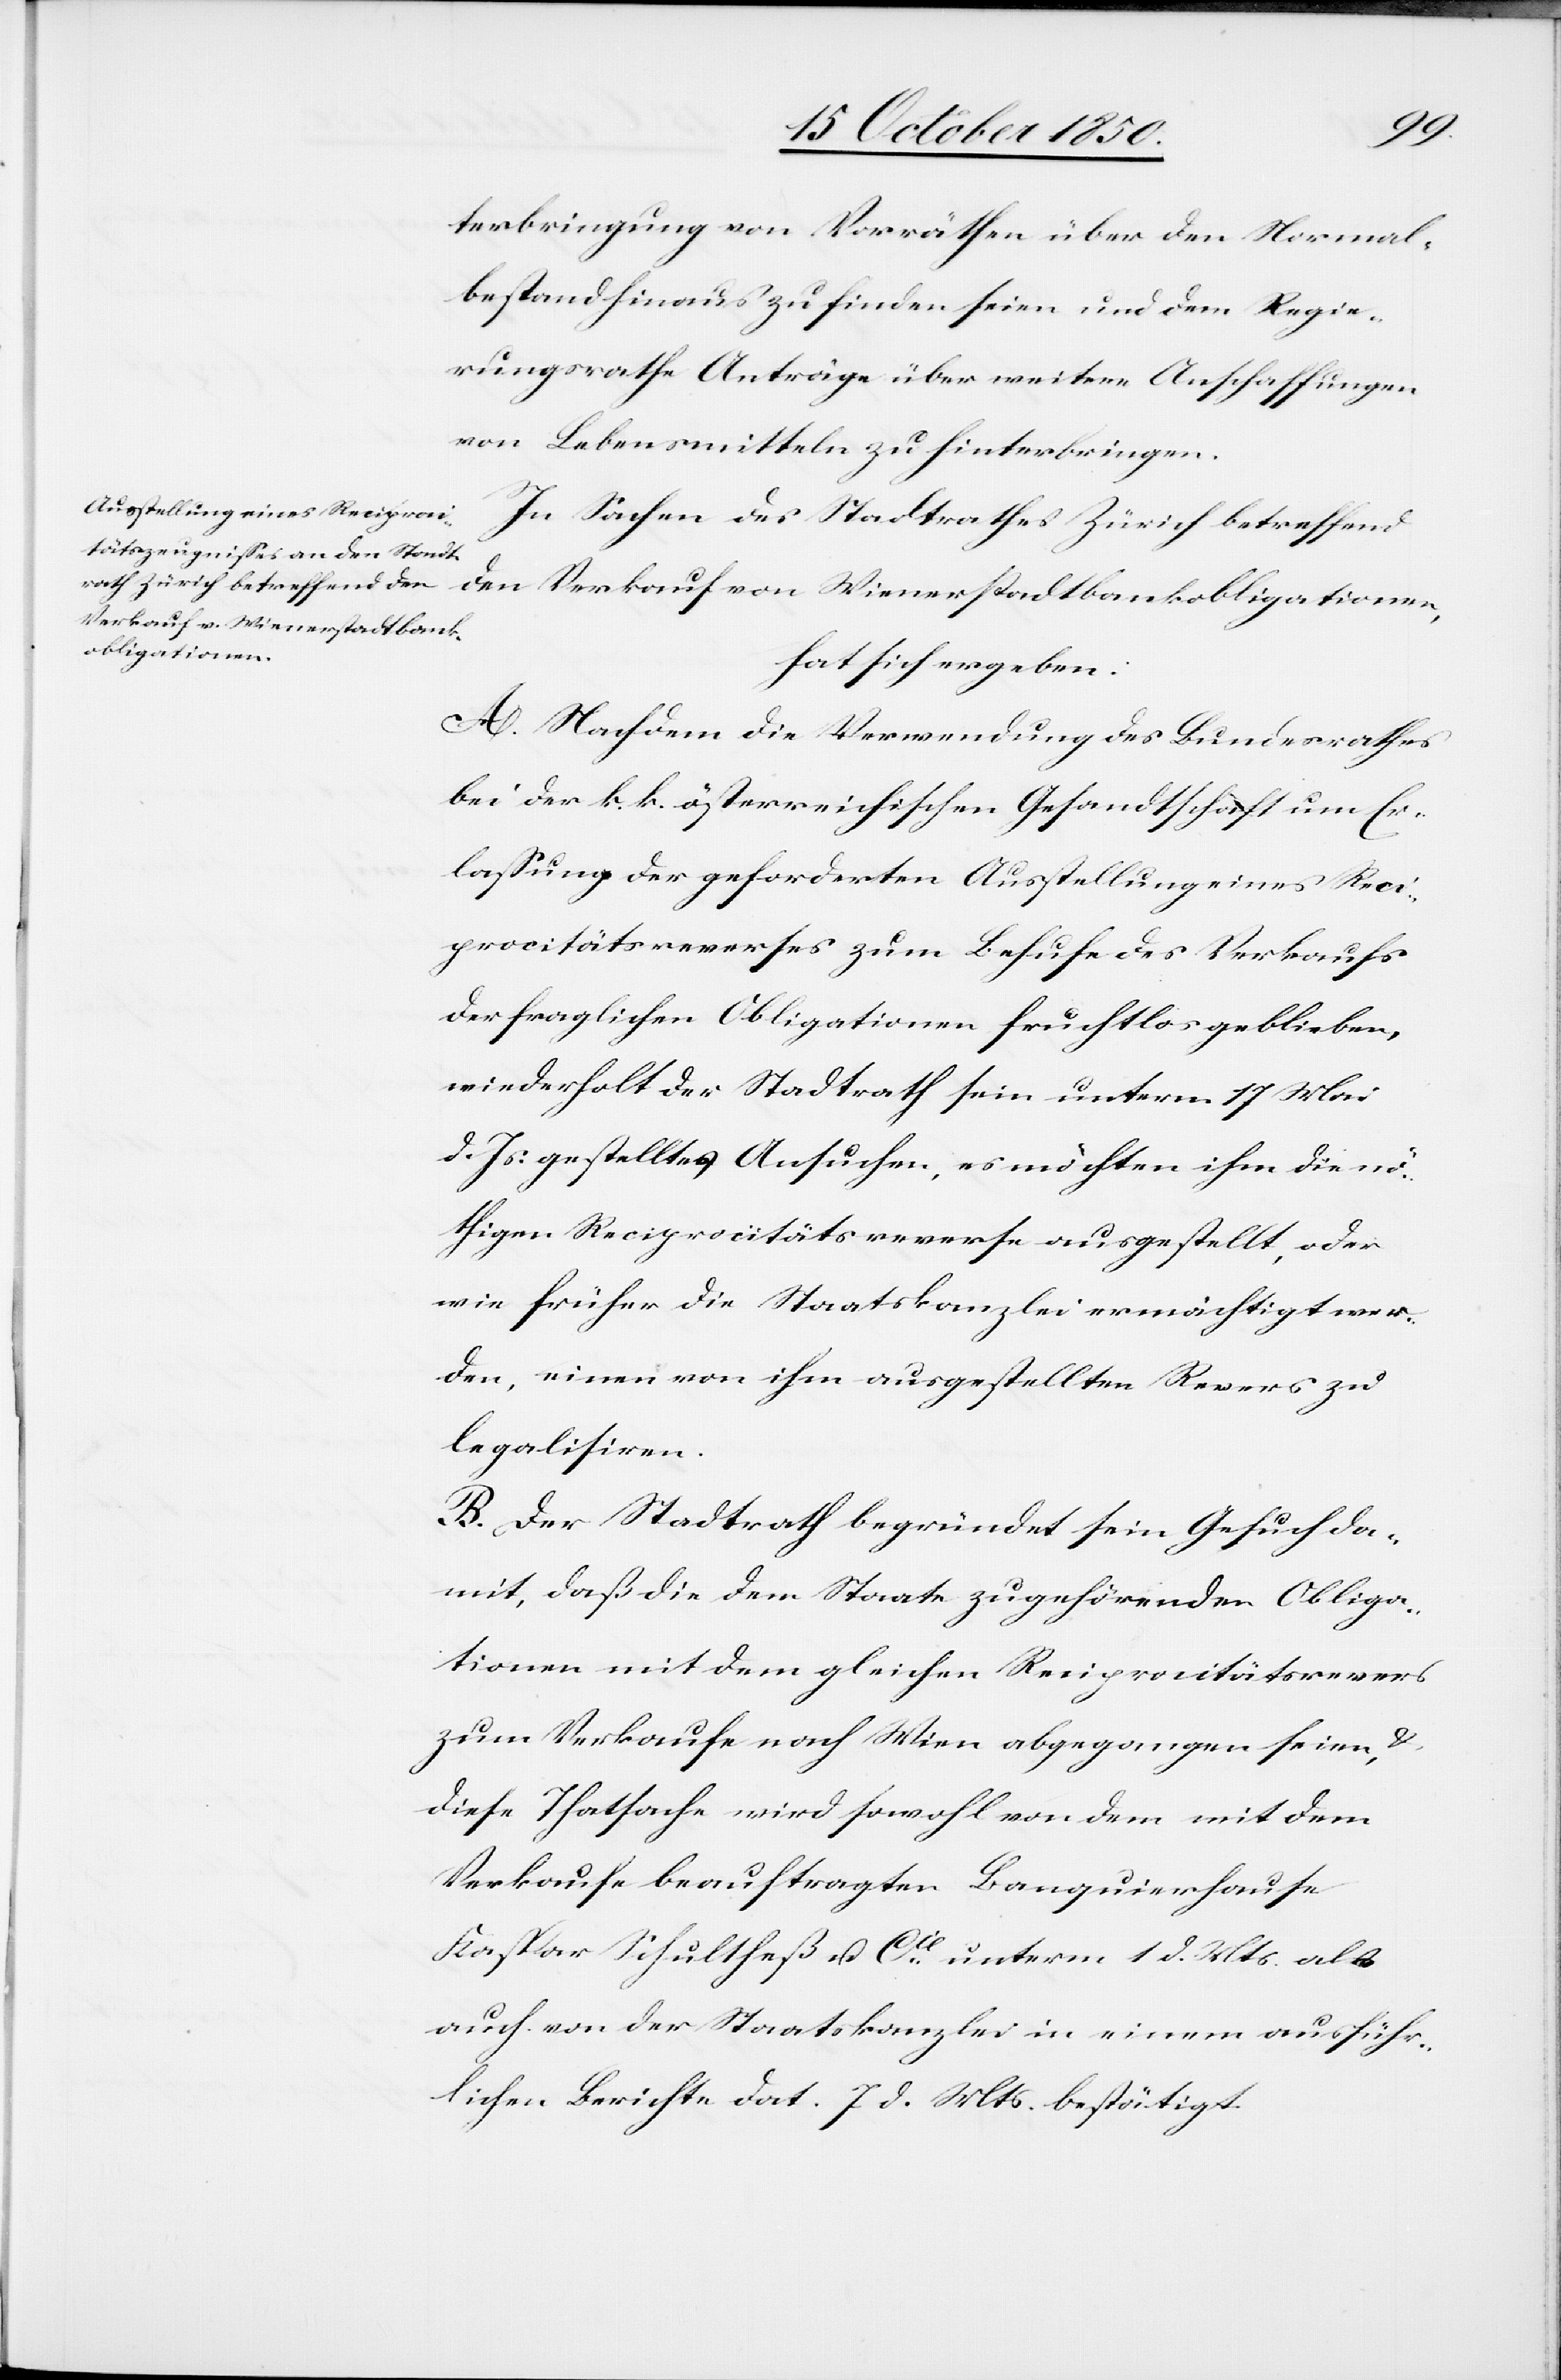
terbringung von Vorräthen über den Normal¬
bestand hinaus zu finden seien und dem Regie¬
rungsrathe Anträge über weitere Anschaffungen
von Lebensmitteln zu hinterbringen.
In Sachen des Stadtrathes Zürich betreffend
den Verkauf von Wienerstadtbankobligationen,
hat sich ergeben:
A. Nachdem die Verwendung des Bundesrathes
bei der k. k. österreichischen Gesandtschaft um Er¬
lassung der geforderten Ausstellung eines Reci¬
procitätsreverses zum Behufe des Verkaufs
der fraglichen Obligationen fruchtlos geblieben,
wiederholt der Stadtrath sein unterm 17 Mai
d. Js. gestelltes Ansuchen, es möchten ihm die nö¬
thigen Reciprocitätsreverse ausgestellt, oder
wie früher die Staatskanzlei ermächtigt wer¬
den, einen von ihm ausgestellten Revers zu
legalisiren.
B. Der Stadtrath begründet sein Gesuch da¬
mit, daß die dem Staate zugehörenden Obliga¬
tionen mit dem gleichen Reciprocitätsrevers
zum Verkaufe nach Wien abgegangen seien, &
diese Thatsache wird sowohl von dem mit dem
Verkaufe beauftragten Languierhause
Kaspar Schultheß u. Cie unterm 1 d. Mts. als
auch von der Staatskanzlei in einem ausführ¬
lichen Berichte dat. 7 d. Mts. bestätigt.